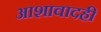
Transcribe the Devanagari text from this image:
आशावादही